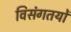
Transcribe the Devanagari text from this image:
विसंगतयों